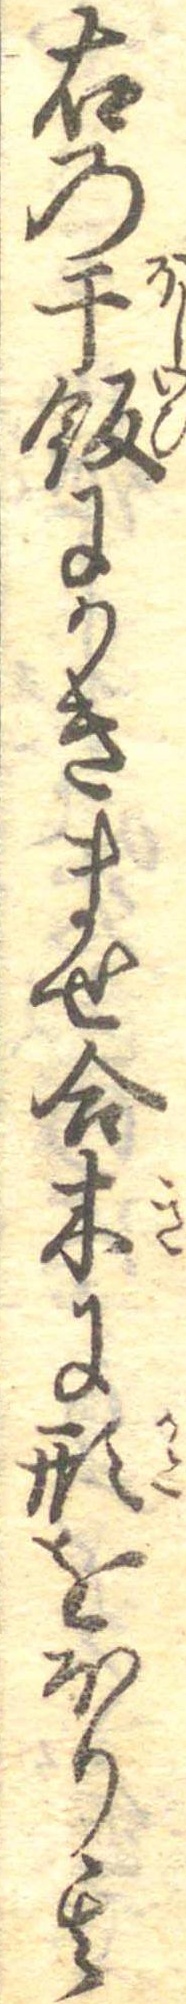
右の干飯にかきませ合木に形をほり其